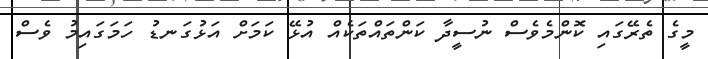
މީގެ ތެރޭގައި ކޮންމެވެސް ނުސީދާ ކަންތައްތަކެއް އުޅޭ ކަމަށް އަޅުގަނޑު ހަމަގައިމު ވެސް